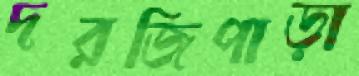
দরজিপাড়া